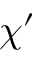
\chi ^ { \prime }